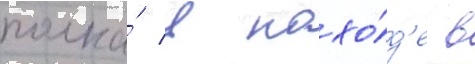
полка́ в похо́д'е в